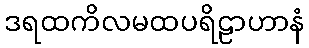
ဒရထကိလမထပရိဠာဟာနံ